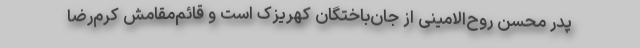
پدر محسن روح‌الامینی از جان‌باختگان کهریزک است و قائم‌مقامش کرم‌رضا